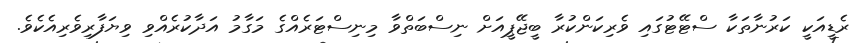
ރެޑީއަކީ ކަރުނާތަކާ ސްޓޭޓުގައި ވެރިކަންކުރާ ބީޖޭޕީއަށް ނިސްބަތްވާ މިނިސްޓަރެއްގެ މަގާމު އަދާކުރެއްވި ވިޔަފާރިވެރިއެކެވެ.